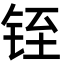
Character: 铚